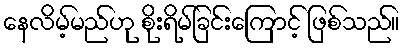
နေလိမ့်မည်ဟု စိုးရိမ်ခြင်းကြောင့် ဖြစ်သည်။